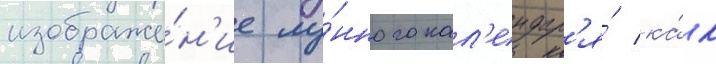
изображе́н'ие лу́нного кал'ендар'я́ ка́к